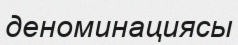
деноминациясы